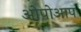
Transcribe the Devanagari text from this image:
ओपोआप